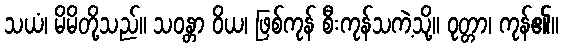
သယံ၊ မိမိတို့သည်။ သဝန္တာ ဝိယ၊ ဖြစ်ကုန် စီးကုန်သကဲ့သို့။ ဝုတ္တာ၊ ကုန်၏။